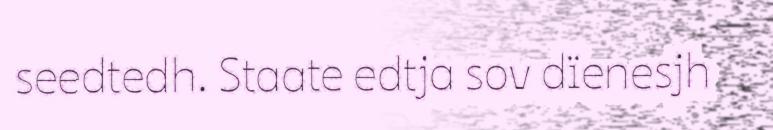
seedtedh. Staate edtja sov dïenesjh